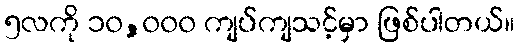
၅လကို ၁၀,၀၀၀ ကျပ်ကျသင့်မှာ ဖြစ်ပါတယ်။